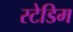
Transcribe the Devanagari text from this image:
स्टेडिम